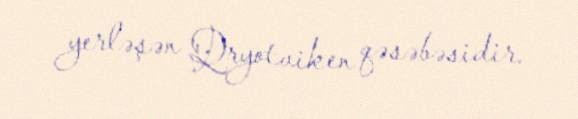
yerləşən Qryotviken qəsəbəsidir.